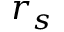
r _ { s }